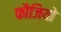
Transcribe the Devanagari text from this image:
फौजियो